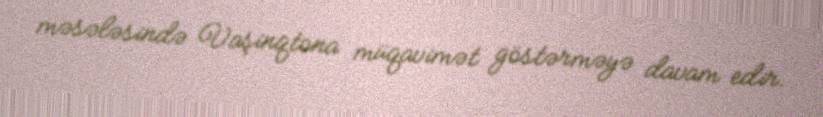
məsələsində Vaşinqtona müqavimət göstərməyə davam edir.